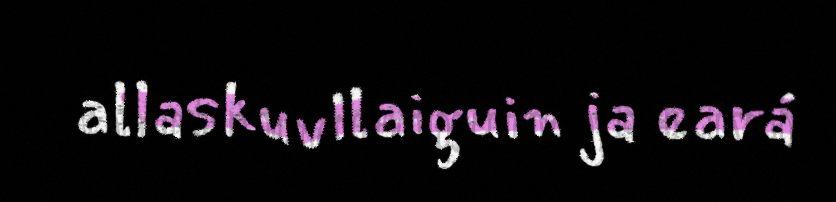
allaskuvllaiguin ja eará